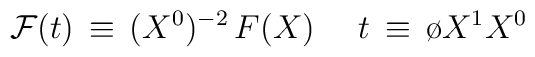
{\cal F}(t) \, \equiv \, (X^0)^{-2} \, F(X) \, \quad \, t \, \equiv\, {\o{X^1}{X^0}}